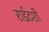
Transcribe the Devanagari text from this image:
राईटशी